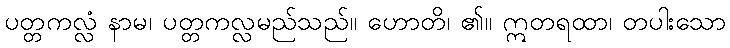
ပတ္တကလ္လံ နာမ၊ ပတ္တကလ္လမည်သည်။ ဟောတိ၊ ၏။ ဣတရထာ၊ တပါးသော